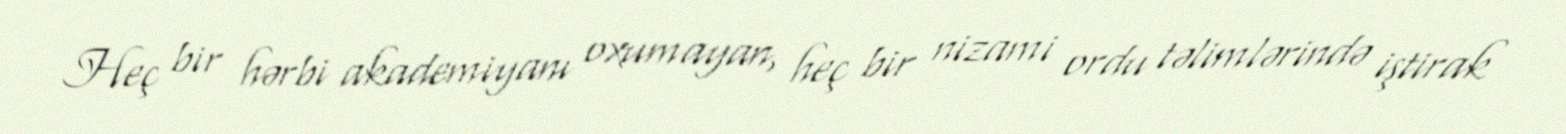
Heç bir hərbi akademiyanı oxumayan, heç bir nizami ordu təlimlərində iştirak